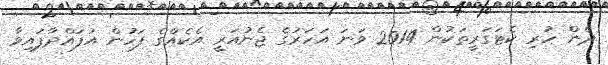
ދެން ހުރި ކެޓަގަރީތަކުން 2014 ވަނަ އަހަރުގެ ޖެނުއަރީ އެކެއްގެ ފަހުން އުފައްދާފައިވާ